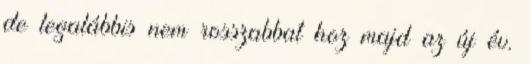
de legalábbis nem rosszabbat hoz majd az új év.